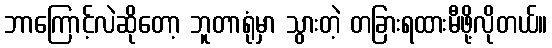
ဘာကြောင့်လဲဆိုတော့ ဘူတာရုံမှာ သွားတဲ့ တခြားရထားမီဖို့လိုတယ်။